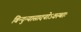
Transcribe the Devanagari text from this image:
बिन्दुन्यासादयोऽवस्थाः